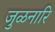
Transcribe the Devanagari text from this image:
जुळनारि